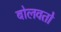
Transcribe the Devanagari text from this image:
बोलवतो